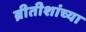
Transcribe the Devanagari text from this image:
ब्रीतीशांच्या